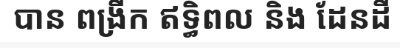
បាន ពង្រីក ឥទ្ធិពល និង ដែនដី